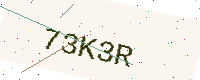
Text: 73K3R